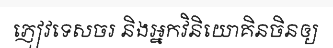
ភ្ញៀវទេសចរ និងអ្នកវិនិយោគិនចិនឲ្យ